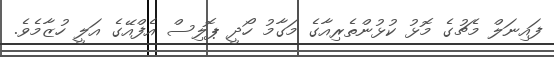
ފައިނަލް މެޗުގެ މޮޅު ކުޅުންތެރިއާގެ މަގާމު ހޯދީ ޕޮލިސް އެފްއޭގެ އަލީ ހުޒާމެވެ.